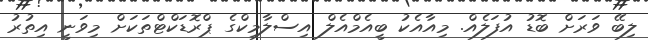
ލިބޭ ވަރަށް ބޮޑު އުފަލެއް. މިއާއެކު ބީއެމްއެލް އިސްލާމިކްގެ ޕްރޮޑަކްޓްތަކަށް މިވަނީ އިތުރު